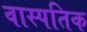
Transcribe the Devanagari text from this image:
वास्पतिक